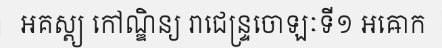
អគស្ត្យ កៅណ្ឌិន្យ រាជេន្ទ្រចោឡៈទី១ អឝោក